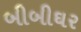
બીબીઘર